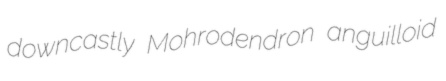
downcastly Mohrodendron anguilloid